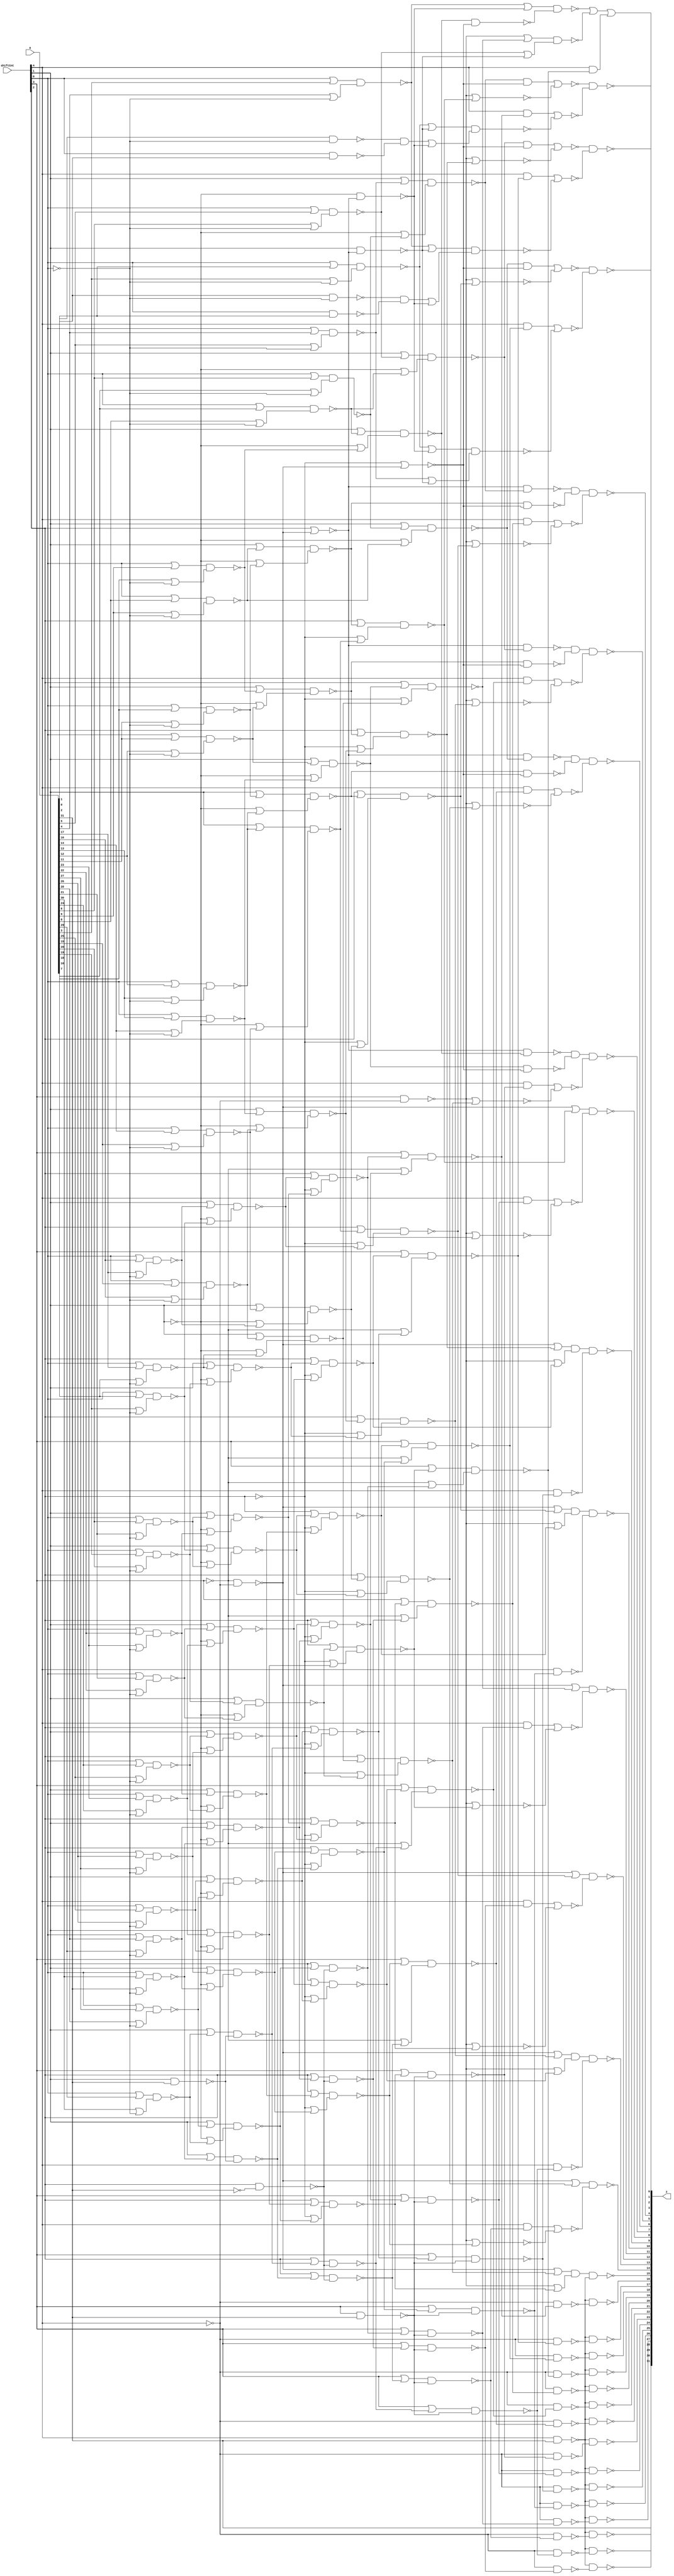

// Generated by Cadence Genus(TM) Synthesis Solution 19.20-d227_1
// Generated on: Sep  7 2021 23:00:40 PDT (Sep  8 2021 06:00:40 UTC)

// Verification Directory fv/top 

module top(a, shiftCnt, z);
  input [31:0] a;
  input [4:0] shiftCnt;
  output [31:0] z;
  wire [31:0] a;
  wire [4:0] shiftCnt;
  wire [31:0] z;
  wire n_0, n_1, n_2, n_3, n_4, n_5, n_6, n_7;
  wire n_8, n_9, n_10, n_11, n_12, n_13, n_14, n_15;
  wire n_16, n_17, n_18, n_19, n_20, n_21, n_22, n_23;
  wire n_24, n_25, n_26, n_27, n_28, n_29, n_30, n_31;
  wire n_32, n_33, n_34, n_35, n_36, n_37, n_38, n_39;
  wire n_40, n_41, n_42, n_43, n_44, n_45, n_46, n_47;
  wire n_48, n_49, n_50, n_51, n_52, n_53, n_54, n_55;
  wire n_56, n_57, n_58, n_59, n_60, n_61, n_62, n_63;
  wire n_64, n_65, n_66, n_67, n_68, n_69, n_70, n_71;
  wire n_72, n_73, n_74, n_75, n_76, n_77, n_78, n_79;
  wire n_80, n_81, n_82, n_83, n_84, n_85, n_86, n_87;
  wire n_88, n_89, n_90, n_91, n_92, n_93, n_94, n_95;
  wire n_96, n_97, n_98, n_99, n_100, n_101, n_102, n_103;
  wire n_104, n_105, n_106, n_107, n_108, n_109, n_110, n_111;
  wire n_112, n_113, n_114, n_115, n_117, n_118, n_119, n_120;
  wire n_121, n_122, n_123, n_124, n_126, n_127, n_129, n_130;
  wire n_131, n_132, n_133, n_134, n_135, n_136, n_137, n_138;
  wire n_139, n_140, n_141, n_142, n_143, n_144, n_145, n_146;
  wire n_147, n_148, n_149, n_150, n_151, n_152, n_153, n_154;
  wire n_155, n_156, n_157, n_158, n_159, n_160, n_161, n_162;
  wire n_163, n_164, n_165, n_166, n_167, n_168, n_169, n_170;
  wire n_171, n_173, n_174, n_175, n_176, n_178, n_179, n_180;
  wire n_181, n_182, n_183, n_184, n_185, n_186, n_187, n_188;
  wire n_189, n_190, n_191, n_192, n_193, n_194, n_195, n_196;
  wire n_197, n_198, n_199, n_200, n_202, n_203, n_204, n_205;
  wire n_206, n_207, n_208, n_209, n_557, n_558, n_565;
  assign z[31] = a[31];
  nand g11385 (n_209, n_98, n_178);
  nand g11386 (n_208, n_102, n_168);
  nand g11383 (n_207, n_101, n_170);
  nand g11384 (n_206, n_99, n_176);
  nand g11378 (n_205, n_59, n_171);
  nand g11376 (n_204, n_61, n_173);
  nand g11377 (n_203, n_56, n_175);
  nand g11379 (n_202, n_54, n_174);
  nand g11380 (n_200, n_129, n_166);
  nand g11381 (n_199, n_127, n_169);
  nand g11382 (n_198, n_123, n_167);
  nand g11389 (n_197, n_195, n_155);
  nand g11398 (n_196, n_195, n_160);
  nand g11399 (n_194, n_195, n_157);
  nand g11401 (n_193, n_195, n_139);
  nand g11393 (n_192, n_195, n_151);
  nand g11396 (n_191, n_195, n_137);
  nand g11397 (n_190, n_195, n_149);
  nand g11388 (n_189, n_195, n_143);
  nand g11405 (n_188, n_124, n_163);
  nand g11406 (n_187, n_130, n_162);
  nand g11392 (n_186, n_195, n_147);
  nand g11400 (n_185, n_195, n_133);
  nand g11395 (n_184, n_195, n_141);
  nand g11387 (n_183, n_195, n_135);
  nand g11394 (n_182, n_195, n_153);
  nand g11416 (n_181, n_131, n_161);
  nand g11391 (n_180, n_195, n_145);
  nand g11390 (n_179, n_195, n_165);
  wire w;
  nor g11415 (n_178, w, n_77);
  and g (w, shiftCnt[4], n_132);
  wire w0;
  nor g11407 (n_176, w0, n_93);
  and g0 (w0, shiftCnt[4], n_144);
  wire w1;
  nor g11410 (n_175, w1, n_87);
  and g1 (w1, shiftCnt[4], n_142);
  wire w2;
  nor g11411 (n_174, w2, n_85);
  and g4 (w2, shiftCnt[4], n_154);
  wire w3;
  nor g11402 (n_173, w3, n_89);
  and g5 (w3, shiftCnt[4], n_148);
  wire w4;
  nor g11408 (n_171, w4, n_91);
  and g6 (w4, shiftCnt[4], n_136);
  wire w5;
  nor g11404 (n_170, w5, n_95);
  and g7 (w5, shiftCnt[4], n_138);
  wire w6;
  nor g11413 (n_169, w6, n_74);
  and g8 (w6, shiftCnt[4], n_140);
  wire w7;
  nor g11403 (n_168, w7, n_97);
  and g9 (w7, shiftCnt[4], n_156);
  wire w8;
  nor g11414 (n_167, w8, n_69);
  and g10 (w8, shiftCnt[4], n_134);
  wire w9;
  nor g11412 (n_166, w9, n_70);
  and g11 (w9, shiftCnt[4], n_146);
  nand g11421 (n_165, n_158, n_164);
  nand g11432 (n_163, shiftCnt[4], n_150);
  nand g11433 (n_162, shiftCnt[4], n_152);
  nand g11434 (n_161, shiftCnt[4], n_159);
  nand g11417 (n_160, n_158, n_159);
  nand g11418 (n_157, n_158, n_156);
  nand g11419 (n_155, n_158, n_154);
  nand g11420 (n_153, n_158, n_152);
  nand g11431 (n_151, n_158, n_150);
  nand g11430 (n_149, n_158, n_148);
  nand g11423 (n_147, n_158, n_146);
  nand g11424 (n_145, n_158, n_144);
  nand g11425 (n_143, n_158, n_142);
  nand g11426 (n_141, n_158, n_140);
  nand g11427 (n_139, n_158, n_138);
  nand g11428 (n_137, n_158, n_136);
  nand g11429 (n_135, n_158, n_134);
  nand g11422 (n_133, n_158, n_132);
  not g11448 (n_131, n_113);
  not g11447 (n_130, n_111);
  wire w10;
  nor g11458 (n_129, w10, n_79);
  and g12 (w10, n_60, n_126);
  wire w11;
  nor g11455 (n_127, w11, n_83);
  and g13 (w11, n_55, n_126);
  not g11450 (n_124, n_109);
  wire w12;
  nor g11456 (n_123, w12, n_81);
  and g14 (w12, n_53, n_126);
  wire w13, w14;
  nand g11459 (n_122, w13, w14);
  or g16 (w14, n_19, n_73);
  or g15 (w13, n_114, n_100);
  wire w15, w16;
  nand g11460 (n_134, w15, w16);
  or g18 (w16, n_121, n_119);
  or g17 (w15, shiftCnt[3], n_92);
  wire w17, w18;
  nand g11462 (n_146, w17, w18);
  or g20 (w18, n_121, n_118);
  or g19 (w17, shiftCnt[3], n_108);
  wire w19;
  nand g11436 (n_132, w19, n_120);
  or g21 (w19, shiftCnt[3], n_117);
  wire w20, w21;
  nand g11463 (n_140, w20, w21);
  or g23 (w21, n_121, n_106);
  or g22 (w20, shiftCnt[3], n_110);
  wire w22;
  nand g11437 (n_144, w22, n_120);
  or g24 (w22, shiftCnt[3], n_119);
  wire w23;
  nand g11438 (n_136, w23, n_120);
  or g25 (w23, shiftCnt[3], n_115);
  wire w24;
  nand g11439 (n_150, w24, n_120);
  or g26 (w24, shiftCnt[3], n_118);
  wire w25;
  nand g11440 (n_156, w25, n_120);
  or g27 (w25, shiftCnt[3], n_107);
  wire w26, w27;
  nand g11461 (n_148, w26, w27);
  or g29 (w27, n_121, n_117);
  or g28 (w26, shiftCnt[3], n_76);
  wire w28, w29;
  nand g11453 (n_113, w28, w29);
  or g31 (w29, n_114, n_104);
  or g30 (w28, n_112, n_86);
  wire w30, w31;
  nand g11452 (n_111, w30, w31);
  or g33 (w31, n_114, n_110);
  or g32 (w30, n_112, n_82);
  wire w32, w33;
  nand g11457 (n_109, w32, w33);
  or g35 (w33, n_114, n_108);
  or g34 (w32, n_112, n_78);
  wire w34, w35;
  nand g11445 (n_154, w34, w35);
  or g37 (w35, n_121, n_107);
  or g36 (w34, shiftCnt[3], n_96);
  wire w36, w37;
  nand g11446 (n_164, w36, w37);
  or g39 (w37, n_121, n_105);
  or g38 (w36, shiftCnt[3], n_94);
  wire w38;
  nand g11441 (n_152, w38, n_120);
  or g40 (w38, shiftCnt[3], n_106);
  wire w39;
  nand g11442 (n_159, w39, n_120);
  or g41 (w39, shiftCnt[3], n_103);
  wire w40;
  nand g11443 (n_138, w40, n_120);
  or g42 (w40, shiftCnt[3], n_105);
  wire w41, w42;
  nand g11444 (n_142, w41, w42);
  or g44 (w42, n_121, n_103);
  or g43 (w41, shiftCnt[3], n_104);
  or g11470 (n_102, n_112, n_84);
  or g11465 (n_101, n_112, n_100);
  or g11466 (n_99, n_112, n_80);
  or g11467 (n_98, n_112, n_88);
  nor g11468 (n_97, n_114, n_96);
  nor g11469 (n_95, n_114, n_94);
  nor g11464 (n_93, n_114, n_92);
  nor g11475 (n_91, n_114, n_90);
  nor g11472 (n_89, n_114, n_88);
  nor g11473 (n_87, n_114, n_86);
  nor g11474 (n_85, n_114, n_84);
  nor g11471 (n_83, n_114, n_82);
  nor g11476 (n_81, n_114, n_80);
  nor g11477 (n_79, n_114, n_78);
  nor g11478 (n_77, n_114, n_76);
  wire w43;
  nand g11493 (n_75, w43, n_34);
  or g45 (w43, n_72, n_71);
  wire w44, w45;
  nand g11508 (n_74, w44, w45);
  or g47 (w45, n_1, n_71);
  or g46 (w44, n_72, n_73);
  wire w46, w47;
  nand g11509 (n_70, w46, w47);
  or g49 (w47, n_22, n_73);
  or g48 (w46, n_68, n_71);
  wire w48, w49;
  nand g11510 (n_69, w48, w49);
  or g51 (w49, n_3, n_71);
  or g50 (w48, n_68, n_73);
  wire w50;
  nand g11480 (n_117, w50, n_65);
  or g52 (w50, shiftCnt[2], n_64);
  wire w51, w52;
  nand g11505 (n_94, w51, w52);
  or g54 (w52, n_66, n_38);
  or g53 (w51, shiftCnt[2], n_67);
  wire w53, w54;
  nand g11506 (n_90, w53, w54);
  or g56 (w54, n_66, n_67);
  or g55 (w53, shiftCnt[2], n_62);
  wire w55, w56;
  nand g11479 (n_80, w55, w56);
  or g58 (w56, n_66, n_63);
  or g57 (w55, shiftCnt[2], n_52);
  wire w57, w58;
  nand g11504 (n_119, w57, w58);
  or g60 (w58, n_66, n_44);
  or g59 (w57, shiftCnt[2], n_35);
  wire w59;
  nand g11481 (n_105, w59, n_65);
  or g61 (w59, shiftCnt[2], n_37);
  wire w60;
  nand g11482 (n_103, w60, n_65);
  or g62 (w60, shiftCnt[2], n_46);
  wire w61, w62;
  nand g11483 (n_118, w61, w62);
  or g64 (w62, n_66, n_64);
  or g63 (w61, shiftCnt[2], n_42);
  wire w63, w64;
  nand g11484 (n_86, w63, w64);
  or g66 (w64, n_66, n_40);
  or g65 (w63, shiftCnt[2], n_50);
  wire w65, w66;
  nand g11485 (n_84, w65, w66);
  or g68 (w66, n_66, n_41);
  or g67 (w65, shiftCnt[2], n_63);
  wire w67, w68;
  nand g11486 (n_104, w67, w68);
  or g70 (w68, n_66, n_47);
  or g69 (w67, shiftCnt[2], n_39);
  wire w69, w70;
  nand g11487 (n_100, w69, w70);
  or g72 (w70, n_66, n_62);
  or g71 (w69, shiftCnt[2], n_57);
  wire w71, w72;
  and g11496 (n_61, w71, w72);
  nand g74 (w72, n_49, n_126);
  nand g73 (w71, n_58, n_60);
  wire w73, w74;
  and g11497 (n_59, w73, w74);
  nand g76 (w74, n_57, n_126);
  nand g75 (w73, n_58, n_33);
  wire w75, w76;
  and g11495 (n_56, w75, w76);
  nand g78 (w76, n_51, n_126);
  nand g77 (w75, n_58, n_55);
  wire w77, w78;
  and g11494 (n_54, w77, w78);
  nand g80 (w78, n_52, n_126);
  nand g79 (w77, n_58, n_53);
  wire w79, w80;
  nand g11499 (n_88, w79, w80);
  or g82 (w80, n_66, n_45);
  or g81 (w79, shiftCnt[2], n_48);
  wire w81, w82;
  nand g11491 (n_82, w81, w82);
  or g84 (w82, n_66, n_50);
  or g83 (w81, shiftCnt[2], n_51);
  wire w83, w84;
  nand g11488 (n_78, w83, w84);
  or g86 (w84, n_66, n_48);
  or g85 (w83, shiftCnt[2], n_49);
  wire w85, w86;
  nand g11490 (n_106, w85, w86);
  or g88 (w86, n_66, n_46);
  or g87 (w85, shiftCnt[2], n_47);
  wire w87, w88;
  nand g11498 (n_108, w87, w88);
  or g90 (w88, n_66, n_43);
  or g89 (w87, shiftCnt[2], n_45);
  wire w89;
  nand g11492 (n_107, w89, n_65);
  or g91 (w89, shiftCnt[2], n_44);
  wire w90, w91;
  nand g11500 (n_76, w90, w91);
  or g93 (w91, n_66, n_42);
  or g92 (w90, shiftCnt[2], n_43);
  wire w92, w93;
  nand g11501 (n_92, w92, w93);
  or g95 (w93, n_66, n_36);
  or g94 (w92, shiftCnt[2], n_41);
  wire w94, w95;
  nand g11502 (n_110, w94, w95);
  or g97 (w95, n_66, n_39);
  or g96 (w94, shiftCnt[2], n_40);
  wire w96, w97;
  nand g11503 (n_115, w96, w97);
  or g99 (w97, n_66, n_37);
  or g98 (w96, shiftCnt[2], n_38);
  wire w98, w99;
  nand g11489 (n_96, w98, w99);
  or g101 (w99, n_66, n_35);
  or g100 (w98, shiftCnt[2], n_36);
  nand g11507 (n_34, n_33, n_126);
  wire w100, w101;
  nand g11524 (n_43, w100, w101);
  or g103 (w101, n_32, n_7);
  or g102 (w100, shiftCnt[1], n_28);
  wire w102;
  nand g11512 (n_64, w102, n_24);
  or g104 (w102, shiftCnt[1], n_25);
  wire w103, w104;
  nand g11513 (n_50, w103, w104);
  or g106 (w104, n_32, n_13);
  or g105 (w103, shiftCnt[1], n_31);
  wire w105, w106;
  nand g11514 (n_37, w105, w106);
  or g108 (w106, n_32, n_23);
  or g107 (w105, shiftCnt[1], n_4);
  wire w107, w108;
  nand g11515 (n_42, w107, w108);
  or g110 (w108, n_32, n_26);
  or g109 (w107, shiftCnt[1], n_6);
  wire w109, w110;
  nand g11516 (n_63, w109, w110);
  or g112 (w110, n_32, n_9);
  or g111 (w109, shiftCnt[1], n_29);
  wire w111, w112;
  nand g11517 (n_39, w111, w112);
  or g114 (w112, n_32, n_21);
  or g113 (w111, shiftCnt[1], n_30);
  wire w113, w114;
  nand g11518 (n_57, w113, w114);
  or g116 (w114, n_32, n_31);
  or g115 (w113, shiftCnt[1], n_27);
  wire w115, w116;
  nand g11519 (n_67, w115, w116);
  or g118 (w116, n_32, n_30);
  or g117 (w115, shiftCnt[1], n_16);
  wire w117, w118;
  nand g11520 (n_49, w117, w118);
  or g120 (w118, n_32, n_29);
  or g119 (w117, shiftCnt[1], n_14);
  wire w119, w120;
  nand g11521 (n_36, w119, w120);
  or g122 (w120, n_32, n_28);
  or g121 (w119, shiftCnt[1], n_10);
  wire w121, w122;
  nand g11522 (n_51, w121, w122);
  or g124 (w122, n_32, n_27);
  or g123 (w121, shiftCnt[1], n_20);
  wire w123, w124;
  nand g11523 (n_44, w123, w124);
  or g126 (w124, n_32, n_25);
  or g125 (w123, shiftCnt[1], n_26);
  wire w125;
  nand g11511 (n_46, w125, n_24);
  or g127 (w125, shiftCnt[1], n_23);
  wire w126, w127;
  nand g11532 (n_53, w126, w127);
  or g129 (w127, n_32, n_17);
  or g128 (w126, shiftCnt[1], n_22);
  wire w128, w129;
  nand g11526 (n_38, w128, w129);
  or g131 (w129, n_32, n_5);
  or g130 (w128, shiftCnt[1], n_21);
  wire w130, w131;
  nand g11527 (n_33, w130, w131);
  or g133 (w131, n_32, n_20);
  or g132 (w130, shiftCnt[1], n_18);
  wire w132, w133;
  nand g11528 (n_55, w132, w133);
  or g135 (w133, n_32, n_18);
  or g134 (w132, shiftCnt[1], n_19);
  wire w134, w135;
  nand g11529 (n_41, w134, w135);
  or g137 (w135, n_32, n_11);
  or g136 (w134, shiftCnt[1], n_8);
  wire w136, w137;
  nand g11530 (n_60, w136, w137);
  or g139 (w137, n_32, n_15);
  or g138 (w136, shiftCnt[1], n_17);
  wire w138, w139;
  nand g11531 (n_40, w138, w139);
  or g141 (w139, n_32, n_16);
  or g140 (w138, shiftCnt[1], n_12);
  wire w140, w141;
  nand g11525 (n_52, w140, w141);
  or g143 (w141, n_32, n_14);
  or g142 (w140, shiftCnt[1], n_15);
  wire w142, w143;
  nand g11533 (n_62, w142, w143);
  or g145 (w143, n_32, n_12);
  or g144 (w142, shiftCnt[1], n_13);
  wire w144, w145;
  nand g11534 (n_45, w144, w145);
  or g147 (w145, n_32, n_10);
  or g146 (w144, shiftCnt[1], n_11);
  wire w146, w147;
  nand g11535 (n_48, w146, w147);
  or g149 (w147, n_32, n_8);
  or g148 (w146, shiftCnt[1], n_9);
  wire w148, w149;
  nand g11536 (n_35, w148, w149);
  or g151 (w149, n_32, n_6);
  or g150 (w148, shiftCnt[1], n_7);
  wire w150, w151;
  nand g11537 (n_47, w150, w151);
  or g153 (w151, n_32, n_4);
  or g152 (w150, shiftCnt[1], n_5);
  nand g11539 (n_71, n_32, n_58);
  nand g11538 (n_73, shiftCnt[1], n_58);
  nor g11554 (n_58, shiftCnt[2], n_112);
  nor g11555 (n_126, n_66, n_112);
  wire w152, w153;
  and g11540 (n_3, w152, w153);
  nand g155 (w153, shiftCnt[0], a[1]);
  nand g154 (w152, a[0], n_2);
  wire w154, w155;
  nand g11564 (n_22, w154, w155);
  or g157 (w155, a[5], n_2);
  or g156 (w154, shiftCnt[0], a[4]);
  wire w156, w157;
  nand g11565 (n_8, w156, w157);
  or g159 (w157, a[17], n_2);
  or g158 (w156, shiftCnt[0], a[16]);
  wire w158, w159;
  nand g11544 (n_31, w158, w159);
  or g161 (w159, a[14], n_2);
  or g160 (w158, shiftCnt[0], a[13]);
  wire w160, w161;
  nand g11541 (n_27, w160, w161);
  or g163 (w161, a[12], n_2);
  or g162 (w160, shiftCnt[0], a[11]);
  wire w162, w163;
  nand g11542 (n_28, w162, w163);
  or g165 (w163, a[23], n_2);
  or g164 (w162, shiftCnt[0], a[22]);
  wire w164, w165;
  nand g11543 (n_6, w164, w165);
  or g167 (w165, a[27], n_2);
  or g166 (w164, shiftCnt[0], a[26]);
  wire w166, w167;
  nand g11567 (n_4, w166, w167);
  or g169 (w167, a[28], n_2);
  or g168 (w166, shiftCnt[0], a[27]);
  wire w168, w169;
  nand g11545 (n_29, w168, w169);
  or g171 (w169, a[13], n_2);
  or g170 (w168, shiftCnt[0], a[12]);
  wire w170, w171;
  nand g11546 (n_30, w170, w171);
  or g173 (w171, a[22], n_2);
  or g172 (w170, shiftCnt[0], a[21]);
  wire w172, w173;
  nand g11547 (n_25, w172, w173);
  or g175 (w173, a[31], n_2);
  or g174 (w172, shiftCnt[0], a[30]);
  wire w174, w175;
  nand g11548 (n_21, w174, w175);
  or g177 (w175, a[24], n_2);
  or g176 (w174, shiftCnt[0], a[23]);
  wire w176, w177;
  nand g11549 (n_19, w176, w177);
  or g179 (w177, a[6], n_2);
  or g178 (w176, shiftCnt[0], a[5]);
  wire w178, w179;
  nand g11550 (n_15, w178, w179);
  or g181 (w179, a[9], n_2);
  or g180 (w178, shiftCnt[0], a[8]);
  wire w180, w181;
  nand g11551 (n_26, w180, w181);
  or g183 (w181, a[29], n_2);
  or g182 (w180, shiftCnt[0], a[28]);
  wire w182, w183;
  and g11556 (n_1, w182, w183);
  nand g185 (w183, shiftCnt[0], a[2]);
  nand g184 (w182, a[1], n_2);
  wire w184, w185;
  nand g11553 (n_68, w184, w185);
  or g187 (w185, a[3], n_2);
  or g186 (w184, shiftCnt[0], a[2]);
  wire w186, w187;
  nand g11559 (n_7, w186, w187);
  or g189 (w187, a[25], n_2);
  or g188 (w186, shiftCnt[0], a[24]);
  wire w188, w189;
  nand g11557 (n_9, w188, w189);
  or g191 (w189, a[15], n_2);
  or g190 (w188, shiftCnt[0], a[14]);
  wire w190, w191;
  nand g11569 (n_13, w190, w191);
  or g193 (w191, a[16], n_2);
  or g192 (w190, shiftCnt[0], a[15]);
  wire w192, w193;
  nand g11558 (n_16, w192, w193);
  or g195 (w193, a[20], n_2);
  or g194 (w192, shiftCnt[0], a[19]);
  wire w194, w195;
  nand g11560 (n_11, w194, w195);
  or g197 (w195, a[19], n_2);
  or g196 (w194, shiftCnt[0], a[18]);
  wire w196, w197;
  nand g11561 (n_72, w196, w197);
  or g199 (w197, a[4], n_2);
  or g198 (w196, shiftCnt[0], a[3]);
  wire w198, w199;
  nand g11562 (n_14, w198, w199);
  or g201 (w199, a[11], n_2);
  or g200 (w198, shiftCnt[0], a[10]);
  wire w200, w201;
  nand g11563 (n_20, w200, w201);
  or g203 (w201, a[10], n_2);
  or g202 (w200, shiftCnt[0], a[9]);
  wire w202, w203;
  nand g11566 (n_12, w202, w203);
  or g205 (w203, a[18], n_2);
  or g204 (w202, shiftCnt[0], a[17]);
  wire w204, w205;
  nand g11568 (n_10, w204, w205);
  or g207 (w205, a[21], n_2);
  or g206 (w204, shiftCnt[0], a[20]);
  wire w206, w207;
  nand g11570 (n_17, w206, w207);
  or g209 (w207, a[7], n_2);
  or g208 (w206, shiftCnt[0], a[6]);
  wire w208, w209;
  nand g11571 (n_5, w208, w209);
  or g211 (w209, a[26], n_2);
  or g210 (w208, shiftCnt[0], a[25]);
  wire w210, w211;
  nand g11572 (n_23, w210, w211);
  or g213 (w211, a[30], n_2);
  or g212 (w210, shiftCnt[0], a[29]);
  wire w212, w213;
  nand g11552 (n_18, w212, w213);
  or g215 (w213, a[8], n_2);
  or g214 (w212, shiftCnt[0], a[7]);
  nand g11578 (n_114, shiftCnt[3], n_158);
  nand g11576 (n_65, shiftCnt[2], n_0);
  nand g11577 (n_112, n_121, n_158);
  nand g11573 (n_24, shiftCnt[1], a[31]);
  nand g11574 (n_120, shiftCnt[3], a[31]);
  nand g11575 (n_195, shiftCnt[4], a[31]);
  not g11580 (n_121, shiftCnt[3]);
  not g11581 (n_158, shiftCnt[4]);
  not g11584 (n_66, shiftCnt[2]);
  not g11579 (n_0, a[31]);
  not g11582 (n_32, shiftCnt[1]);
  not g11583 (n_2, shiftCnt[0]);
  assign z[8] = n_206;
  assign z[11] = n_207;
  assign z[12] = n_208;
  assign z[14] = n_209;
  assign z[9] = n_187;
  assign z[10] = n_188;
  assign z[3] = n_558;
  assign z[13] = n_181;
  assign z[0] = n_198;
  assign z[1] = n_199;
  assign z[2] = n_200;
  assign z[7] = n_205;
  assign z[5] = n_203;
  assign z[6] = n_204;
  assign z[4] = n_202;
  assign z[28] = n_194;
  assign z[27] = n_193;
  assign z[26] = n_192;
  assign z[17] = n_184;
  assign z[16] = n_183;
  assign z[24] = n_180;
  assign z[21] = n_189;
  assign z[23] = n_191;
  assign z[18] = n_186;
  assign z[30] = n_185;
  assign z[20] = n_197;
  assign z[25] = n_182;
  assign z[15] = n_565;
  assign z[19] = n_179;
  assign z[29] = n_196;
  assign z[22] = n_190;
  not g3 (n_558, n_557);
  wire w214;
  nor g2 (n_557, n_75, n_122, w214);
  and g216 (w214, shiftCnt[4], n_164);
  wire w215, w216;
  nand g11869 (n_565, w215, w216, n_195);
  or g218 (w216, n_114, n_115);
  or g217 (w215, n_112, n_90);
endmodule